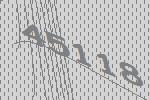
45118